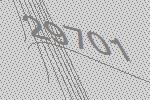
29701